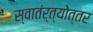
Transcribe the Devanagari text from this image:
स्वातंर्त्योत्तर